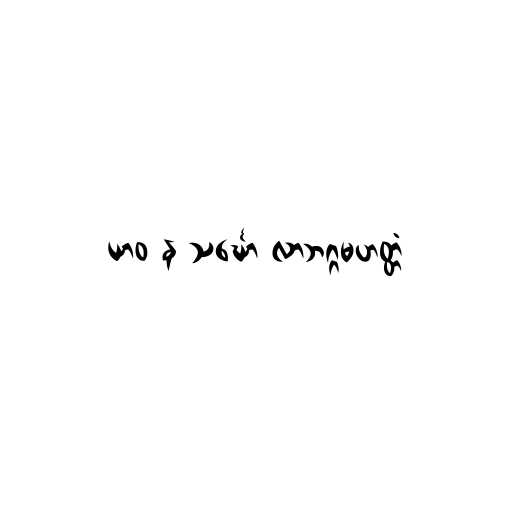
ယာဝ န သင်္ဃော လာဘဂ္ဂမဟတ္တံ